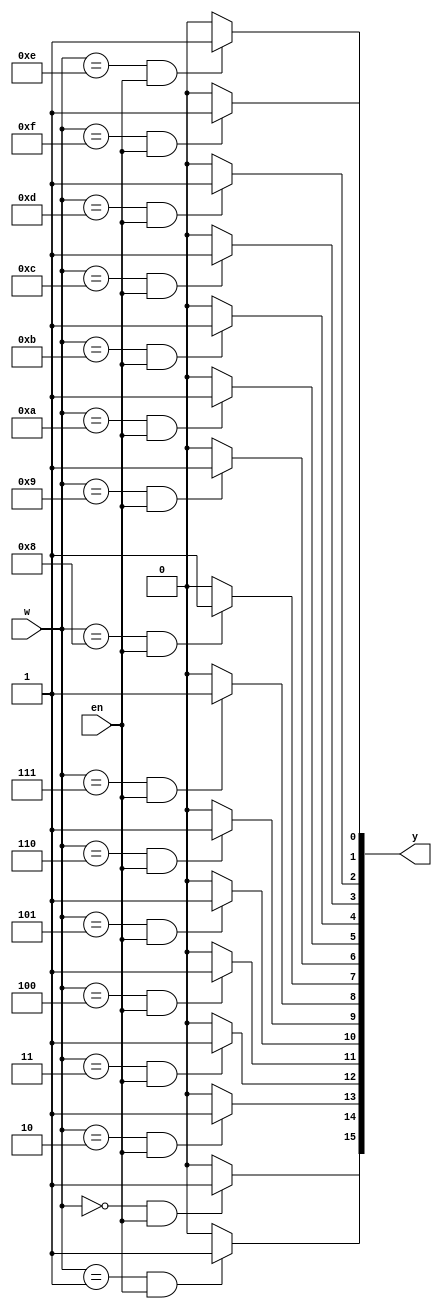
module Decoder4x16(w,en,y);
input [3:0]w;
input en;
output reg [0:15]y;
integer k;
always @(w,en)
  for(k=0;k<=15;k=k+1)
    if((w == k)&&(en == 1))
      y[k]=1;
    else
      y[k]=0;
endmodule